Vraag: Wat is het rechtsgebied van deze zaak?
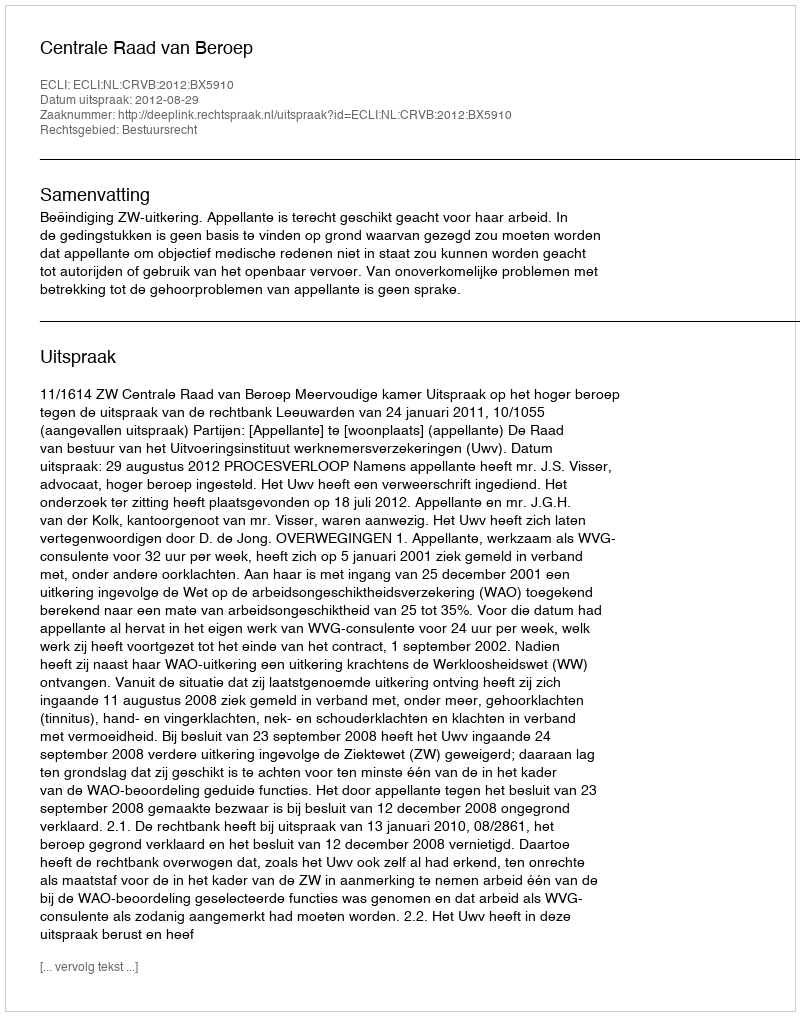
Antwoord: Bestuursrecht